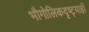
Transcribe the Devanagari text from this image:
भौगोलिकदृष्ट्याही